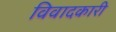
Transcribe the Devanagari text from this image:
विवादकारी